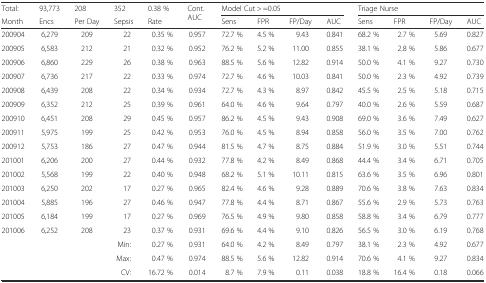
<table><thead><tr><td><b>Total:</b></td><td><b>93,773</b></td><td><b>208</b></td><td><b>352</b></td><td><b>0.38 %</b></td><td rowspan="2"><b>Cont. AUC</b></td><td colspan="4"><b>Model Cut &gt; =0.05</b></td><td colspan="4"><b>Triage Nurse</b></td></tr><tr><td><b>Month</b></td><td><b>Encs</b></td><td><b>Per Day</b></td><td><b>Sepsis</b></td><td><b>Rate</b></td><td><b>Sens</b></td><td><b>FPR</b></td><td><b>FP/Day</b></td><td><b>AUC</b></td><td><b>Sens</b></td><td><b>FPR</b></td><td><b>FP/Day</b></td><td><b>AUC</b></td></tr></thead><tbody><tr><td>200904</td><td>6,279</td><td>209</td><td>22</td><td>0.35 %</td><td>0.957</td><td>72.7 %</td><td>4.5 %</td><td>9.43</td><td>0.841</td><td>68.2 %</td><td>2.7 %</td><td>5.69</td><td>0.827</td></tr><tr><td>200905</td><td>6,583</td><td>212</td><td>21</td><td>0.32 %</td><td>0.952</td><td>76.2 %</td><td>5.2 %</td><td>11.00</td><td>0.855</td><td>38.1 %</td><td>2.8 %</td><td>5.86</td><td>0.677</td></tr><tr><td>200906</td><td>6,860</td><td>229</td><td>26</td><td>0.38 %</td><td>0.963</td><td>88.5 %</td><td>5.6 %</td><td>12.82</td><td>0.914</td><td>50.0 %</td><td>4.1 %</td><td>9.27</td><td>0.730</td></tr><tr><td>200907</td><td>6,736</td><td>217</td><td>22</td><td>0.33 %</td><td>0.974</td><td>72.7 %</td><td>4.6 %</td><td>10.03</td><td>0.841</td><td>50.0 %</td><td>2.3 %</td><td>4.92</td><td>0.739</td></tr><tr><td>200908</td><td>6,439</td><td>208</td><td>22</td><td>0.34 %</td><td>0.934</td><td>72.7 %</td><td>4.3 %</td><td>8.97</td><td>0.842</td><td>45.5 %</td><td>2.5 %</td><td>5.18</td><td>0.715</td></tr><tr><td>200909</td><td>6,352</td><td>212</td><td>25</td><td>0.39 %</td><td>0.961</td><td>64.0 %</td><td>4.6 %</td><td>9.64</td><td>0.797</td><td>40.0 %</td><td>2.6 %</td><td>5.59</td><td>0.687</td></tr><tr><td>200910</td><td>6,451</td><td>208</td><td>29</td><td>0.45 %</td><td>0.957</td><td>86.2 %</td><td>4.5 %</td><td>9.43</td><td>0.908</td><td>69.0 %</td><td>3.6 %</td><td>7.49</td><td>0.627</td></tr><tr><td>200911</td><td>5,975</td><td>199</td><td>25</td><td>0.42 %</td><td>0.953</td><td>76.0 %</td><td>4.5 %</td><td>8.94</td><td>0.858</td><td>56.0 %</td><td>3.5 %</td><td>7.00</td><td>0.762</td></tr><tr><td>200912</td><td>5,753</td><td>186</td><td>27</td><td>0.47 %</td><td>0.944</td><td>81.5 %</td><td>4.7 %</td><td>8.75</td><td>0.884</td><td>51.9 %</td><td>3.0 %</td><td>5.51</td><td>0.744</td></tr><tr><td>201001</td><td>6,206</td><td>200</td><td>27</td><td>0.44 %</td><td>0.932</td><td>77.8 %</td><td>4.2 %</td><td>8.49</td><td>0.868</td><td>44.4 %</td><td>3.4 %</td><td>6.71</td><td>0.705</td></tr><tr><td>201002</td><td>5,568</td><td>199</td><td>22</td><td>0.40 %</td><td>0.948</td><td>68.2 %</td><td>5.1 %</td><td>10.11</td><td>0.815</td><td>63.6 %</td><td>3.5 %</td><td>6.96</td><td>0.801</td></tr><tr><td>201003</td><td>6,250</td><td>202</td><td>17</td><td>0.27 %</td><td>0.965</td><td>82.4 %</td><td>4.6 %</td><td>9.28</td><td>0.889</td><td>70.6 %</td><td>3.8 %</td><td>7.63</td><td>0.834</td></tr><tr><td>201004</td><td>5,885</td><td>196</td><td>27</td><td>0.46 %</td><td>0.947</td><td>77.8 %</td><td>4.4 %</td><td>8.71</td><td>0.867</td><td>55.6 %</td><td>2.9 %</td><td>5.73</td><td>0.763</td></tr><tr><td>201005</td><td>6,184</td><td>199</td><td>17</td><td>0.27 %</td><td>0.969</td><td>76.5 %</td><td>4.9 %</td><td>9.80</td><td>0.858</td><td>58.8 %</td><td>3.4 %</td><td>6.79</td><td>0.777</td></tr><tr><td>201006</td><td>6,252</td><td>208</td><td>23</td><td>0.37 %</td><td>0.931</td><td>69.6 %</td><td>4.4 %</td><td>9.10</td><td>0.826</td><td>56.5 %</td><td>3.0 %</td><td>6.19</td><td>0.768</td></tr><tr><td colspan="3"></td><td>Min:</td><td>0.27 %</td><td>0.931</td><td>64.0 %</td><td>4.2 %</td><td>8.49</td><td>0.797</td><td>38.1 %</td><td>2.3 %</td><td>4.92</td><td>0.677</td></tr><tr><td colspan="3"></td><td>Max:</td><td>0.47 %</td><td>0.974</td><td>88.5 %</td><td>5.6 %</td><td>12.82</td><td>0.914</td><td>70.6 %</td><td>4.1 %</td><td>9.27</td><td>0.834</td></tr><tr><td colspan="3"></td><td>CV:</td><td>16.72 %</td><td>0.014</td><td>8.7 %</td><td>7.9 %</td><td>0.11</td><td>0.038</td><td>18.8 %</td><td>16.4 %</td><td>0.18</td><td>0.066</td></tr></tbody></table>